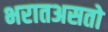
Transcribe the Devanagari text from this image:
भरातअसतो